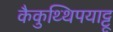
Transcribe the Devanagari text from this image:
कैकुथ्थिपयाट्टू